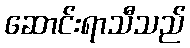
ဆောင်းရာသီသည်